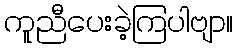
ကူညီပေးခဲ့ကြပါဗျာ။